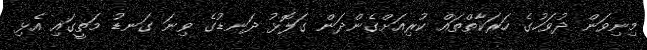
މިނިވަން ދުވަހުގެ ހަރަކާތްތައް ކުރިއަށްގެންދަން ގަލޮޅު ދަނޑުގެ ވިނަ ގަނޑު މަތީގައި އެޅި